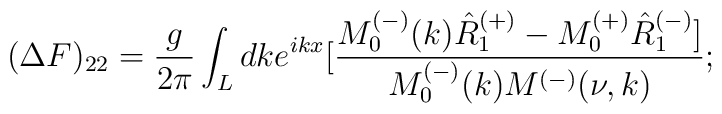
(\Delta F)_{22}=\frac{g}{2\pi}\int_{L}dke^{ikx}[\frac {M^{(-)}_0(k)\hat{R}_1^{(+)}-M^{(+)}_0\hat{R}^{(-)}_1]}{M^{(-)}_0(k)M^{(-)}(\nu,k)};